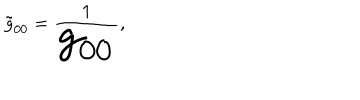
LaTeX: { \tilde { g } _ { 0 0 } } = \frac { 1 } { \Huge g _ { 0 0 } } ,